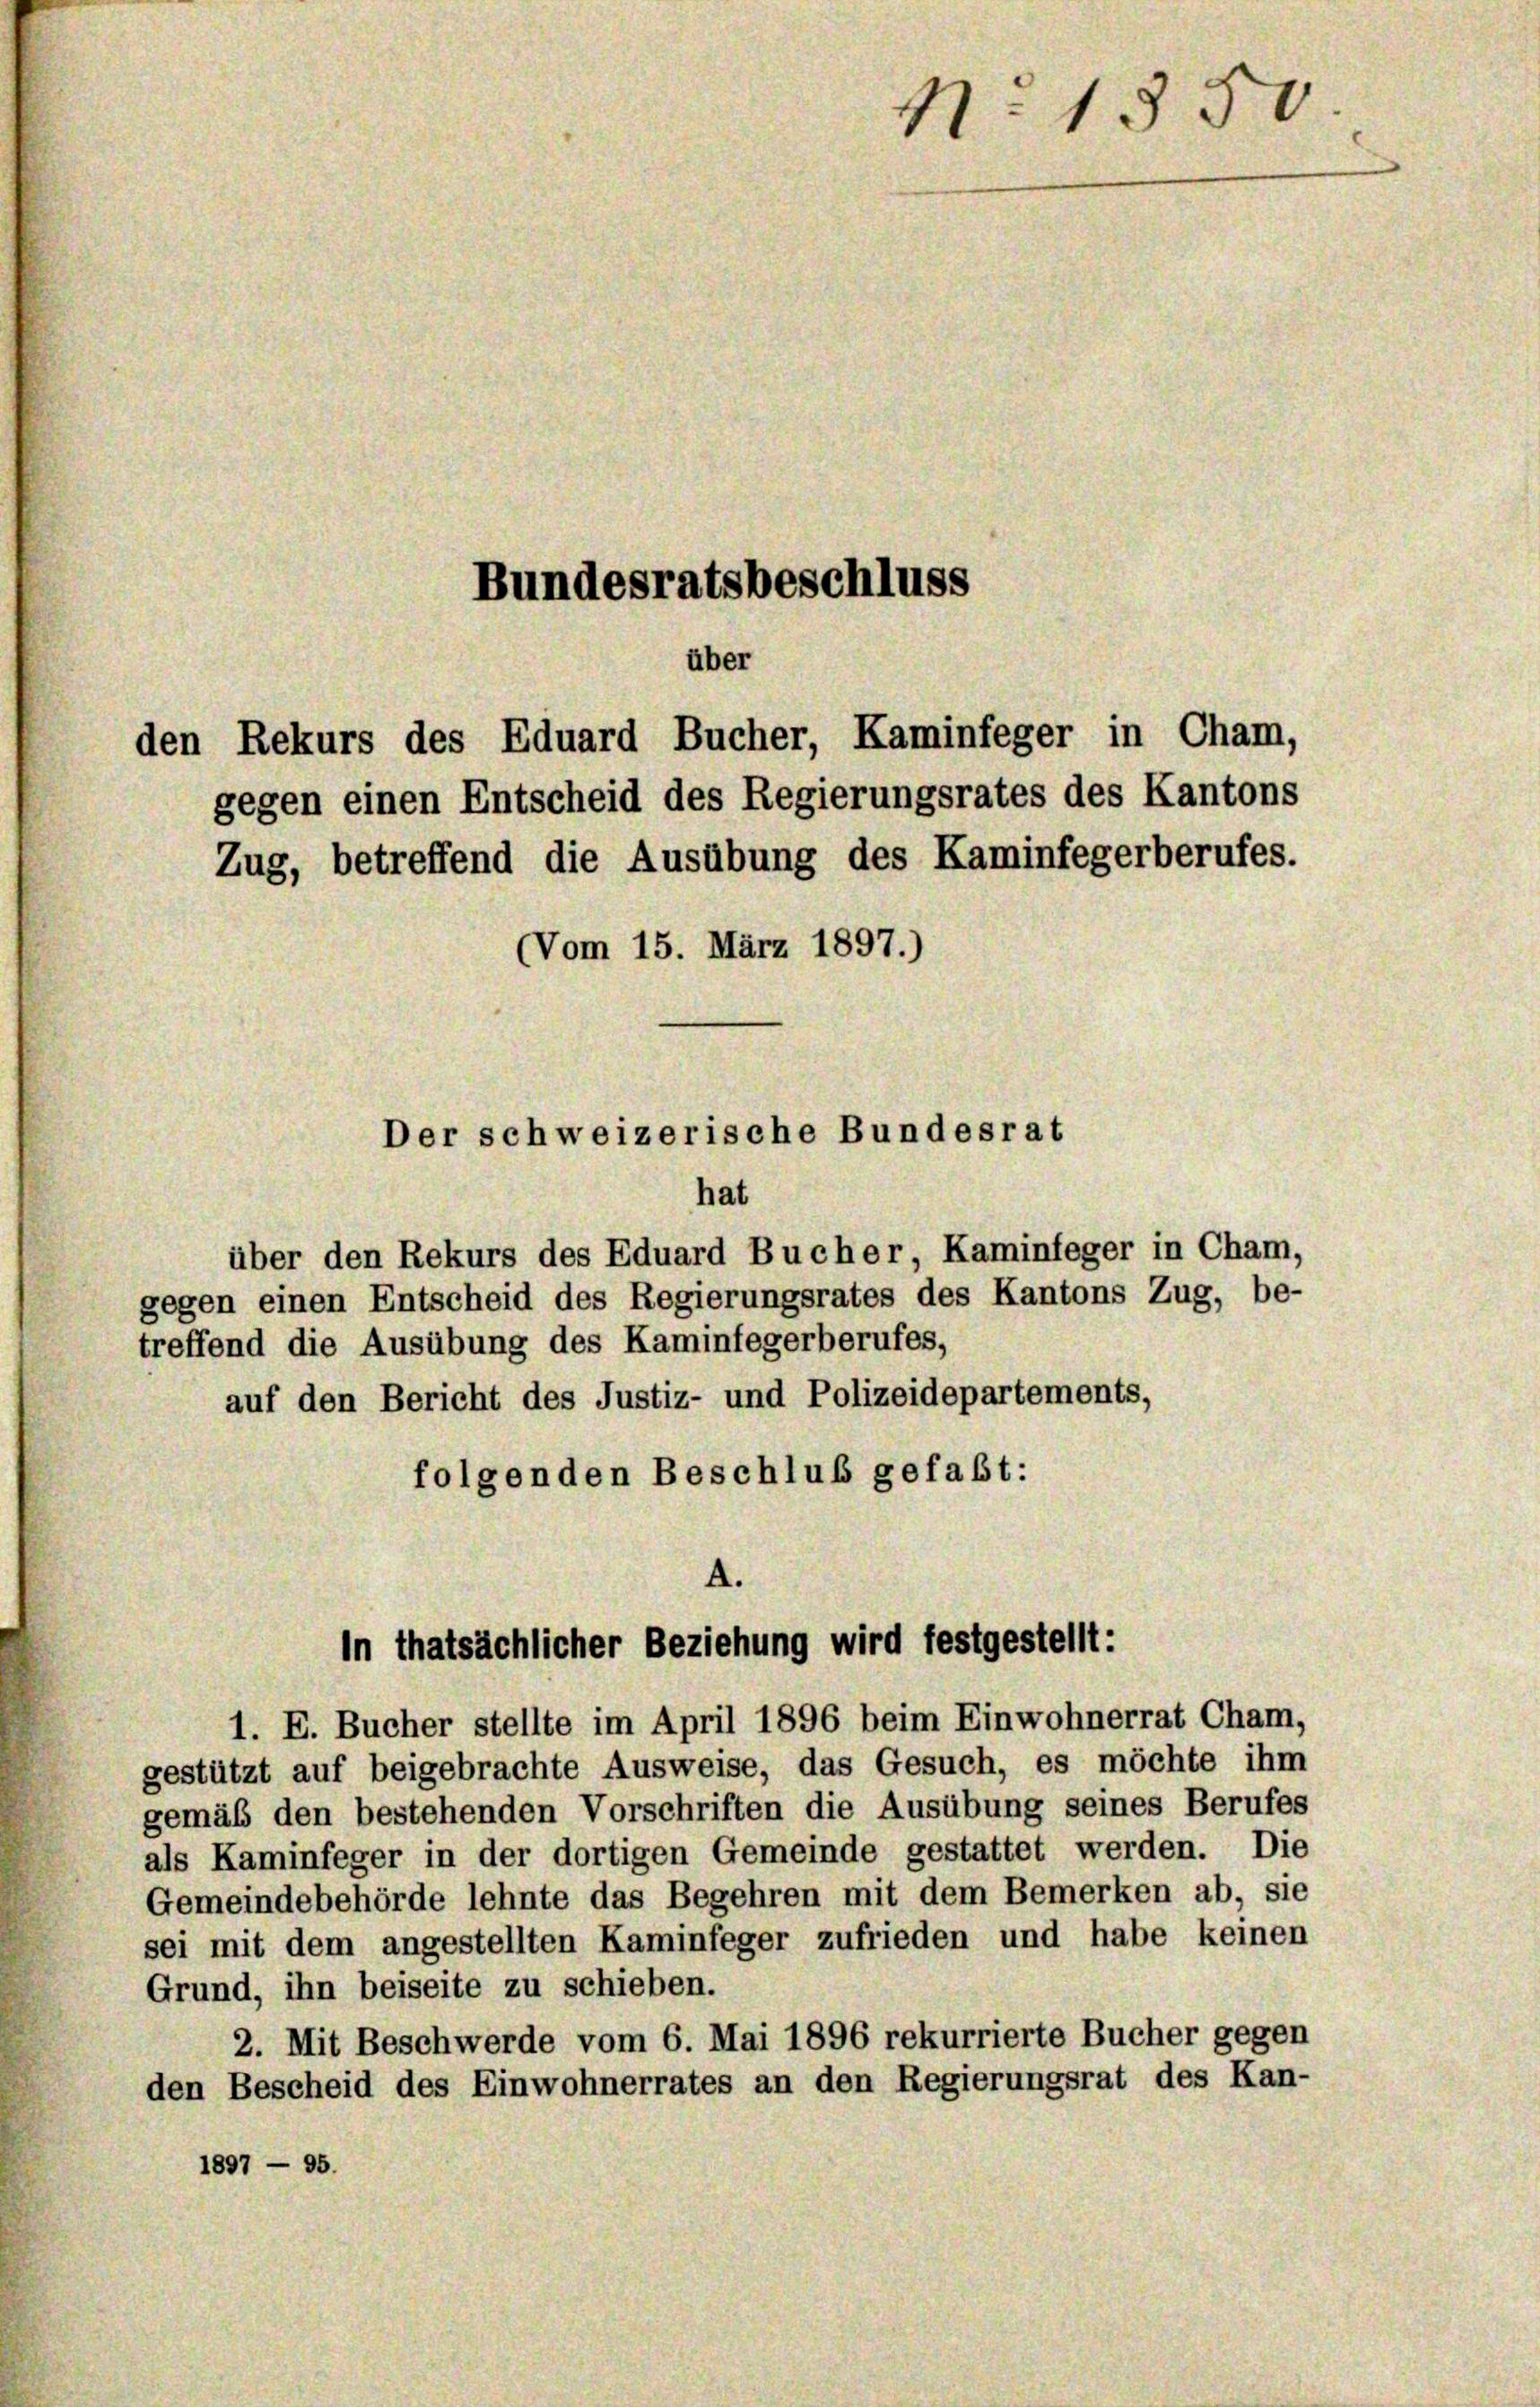
Bundesratsbeschluss
über
den Rekurs des Eduard Bucher, Kaminfeger in Cham,
gegen einen Entscheid des Regierungsrates des Kantons

Zug, betreffend die Ausübung des Kaminfegerberufes.
Vom 15. März 1897.)
Der schweizerische Bundesrat

hat
über den Rekurs des Eduard Bucher, Kaminfeger in Cham,
gegen einen Entscheid des Regierungsrates des Kantons Zug, be-
treffend die Ausübung des Kaminfegerberufes,
auf den Bericht des Justiz- und Polizeidepartements,
folgenden Beschluß gefaßt:

A.
In thatsächlicher Beziehung wird festgestellt:
1. E. Bucher stellte im April 1896 beim Einwohnerrat Cham,

N. 1850

gestützt auf beigebrachte Ausweise, das Gesuch, es möchte ihm
gemäß den bestehenden Vorschriften die Ausübung seines Berufes
als Kaminfeger in der dortigen Gemeinde gestattet werden. Die
Gemeindebehörde lehnte das Begehren mit dem Bemerken ab, sie
sei mit dem angestellten Kaminfeger zufrieden und habe keinen
Grund, ihn beiseite zu schieben.
2. Mit Beschwerde vom 6. Mai 1896 rekurrierte Bucher gegen
den Bescheid des Einwohnerrates an den Regierungsrat des Kan-
1897 — 95.